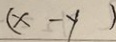
( x - y )